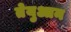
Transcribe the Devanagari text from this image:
तेयुआन